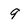
Character: 9